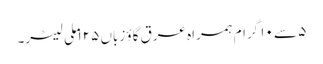
۵ سے ۱۰ گرام ہمراہ عرق گاؤ زباں ۱۲۵ ملی لیٹر۔